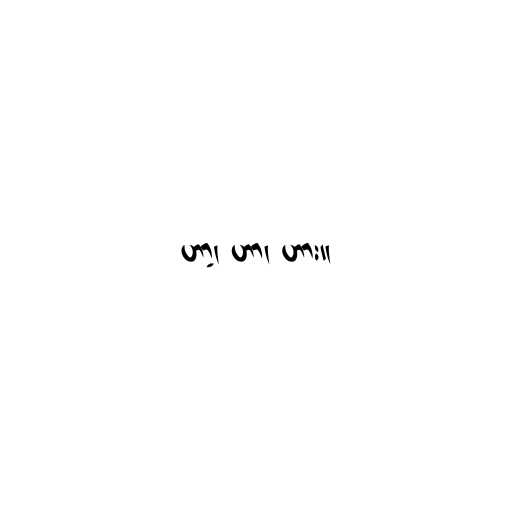
ဟာ့၊ ဟာ၊ ဟား။